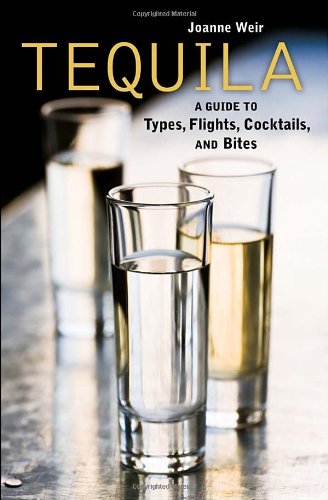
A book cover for Tequila: A Guide to Types, Flights, Cocktails, and Bites; Joanne Weir; Cookbooks, Food & Wine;